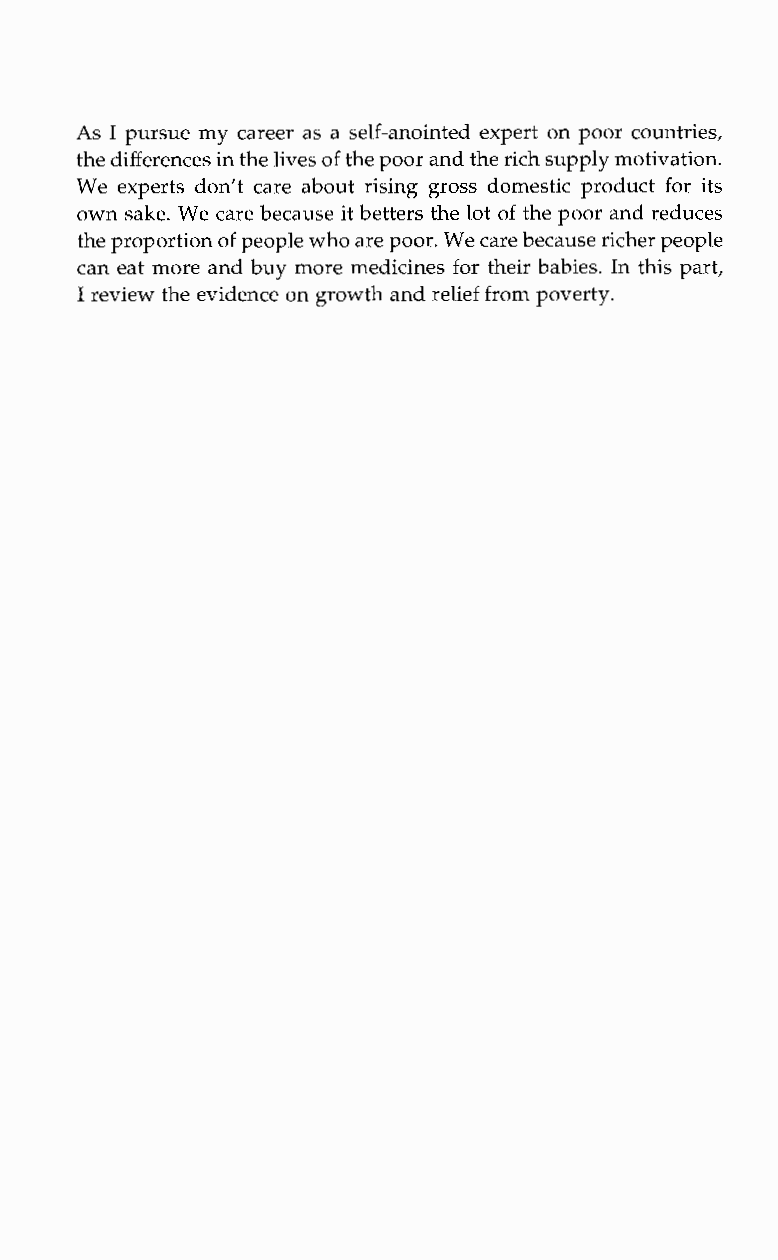
As I pursue my career as a self-anointed expert on poor countries,
 the differences in thel ives of the poor and thriec h supply motivation.
 We experts don’t care about rising gross domestic product for its
 own sake. We care because it betters the lot of the poor and reduces
 the proportiono f people who are poorW. e care because richer people
 can eat more and buy more medicines for their babies. In this part,
 I review the evidence on growth andr elief from poverty.